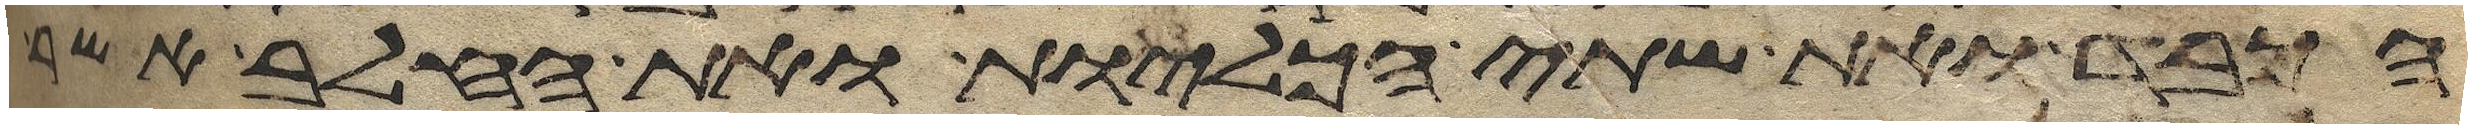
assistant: הכבד ואת שתי הכליות ואת החלב אשר